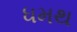
ધમથ